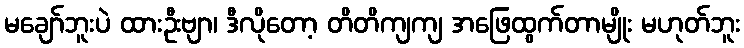
မချော်ဘူးပဲ ထားဦးဗျာ၊ ဒီလိုတော့ တိတိကျကျ အဖြေထွက်တာမျိုး မဟုတ်ဘူး